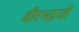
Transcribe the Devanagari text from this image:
वीरभद्रजी